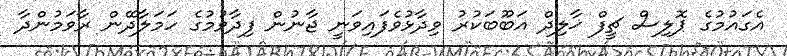
އެގައުމުގެ ޕޮލިސް ޗީފް ޚާލިދް އަބޫބަކުރު ވިދާޅުވެފައިވަނީ ޖާނުން ފިދާވުމުގެ ހަމަލާދޭން ރާވަމުންދާ